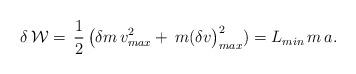
LaTeX: \begin{align*}\delta\,\mathcal{W} =\,\frac{1}{2}\,\big( \delta {m}\,v^2_{max}+\,m(\delta{v}\big)^2_{max})=L_{min}\, m \,a.\end{align*}